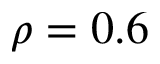
\rho = 0 . 6